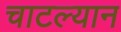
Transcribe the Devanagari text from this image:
चाटल्यान